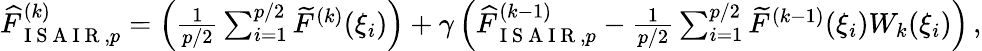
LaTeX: \begin{array}{r}{\widehat{F}_{\mathrm{~I~S~A~I~R~},p}^{(k)}=\left(\frac{1}{p/2}\sum_{i=1}^{p/2}\widetilde{F}^{(k)}(\xi_{i})\right)+\gamma\left(\widehat{F}_{\mathrm{~I~S~A~I~R~},p}^{(k-1)}-\frac{1}{p/2}\sum_{i=1}^{p/2}\widetilde{F}^{(k-1)}(\xi_{i})W_{k}(\xi_{i})\right)\, ,}\end{array}